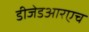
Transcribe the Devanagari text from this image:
डीजेडआरएच